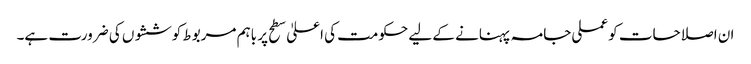
ان اصلاحات کو عملی جامہ پہنانے کے لیے حکومت کی اعلیٰ سطح پر باہم مربوط کوششوں کی ضرورت ہے۔